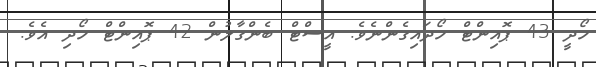
ހޯދީ 43 ޕޮއިންޓް ހޯދައިގެންނެވެ. އީސްޓް ބެންގާލުން 42 ޕޮއިންޓް ހޯދި އެވެ.